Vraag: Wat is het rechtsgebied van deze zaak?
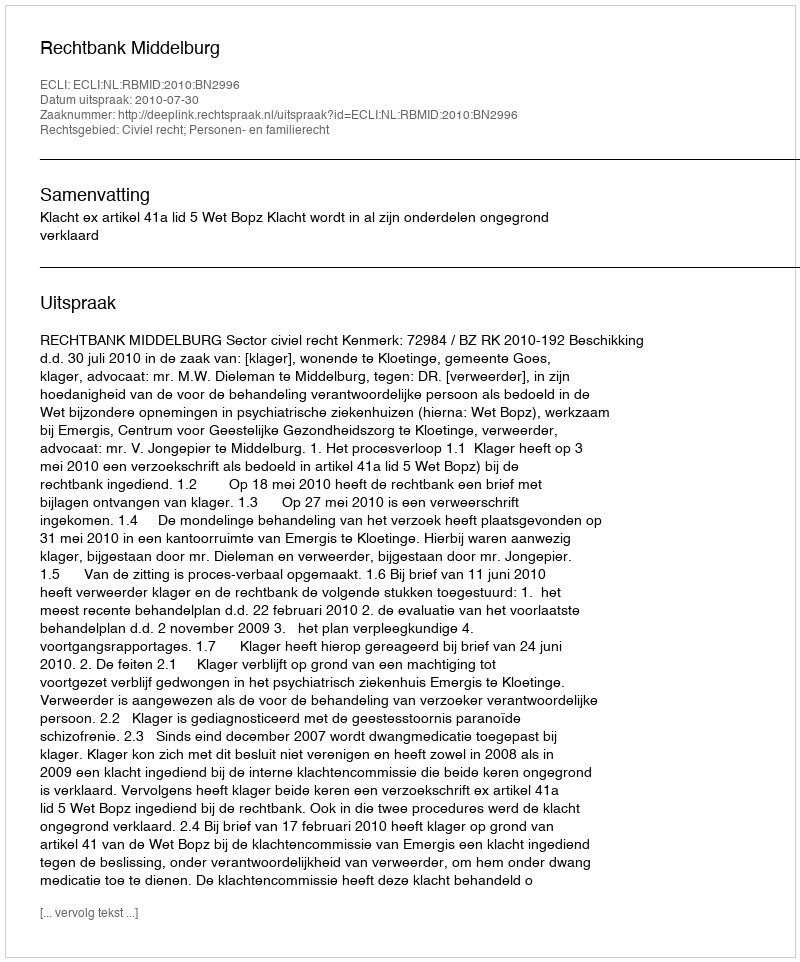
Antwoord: Civiel recht; Personen- en familierecht